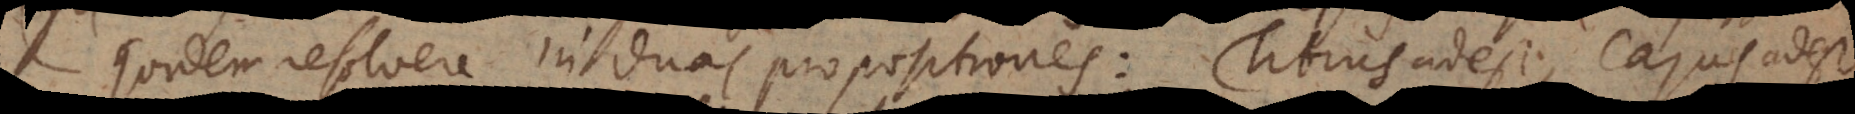
quidem resolvere in duas propositiones: Titius adest, Cajus ades